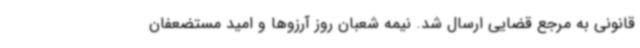
قانونی به مرجع قضایی ارسال شد. نیمه شعبان روز آرزوها و امید مستضعفان